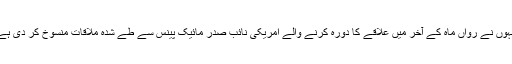
انہوں نے رواں ماہ کے آخر میں علاقے کا دورہ کرنے والے امریکی نائب صدر مائیک پینس سے طے شدہ ملاقات منسوخ کر دی ہے۔